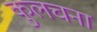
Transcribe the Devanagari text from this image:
कुलचना